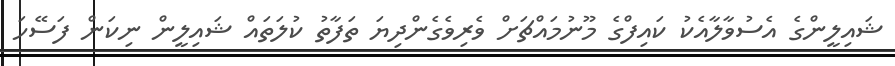
ޝައިލީންގެ އެސުވާލާއެކު ކައިފްގެ މޫނުމައްޗަށް ވެރިވެގެންދިޔަ ތަފާތު ކުލަތައް ޝައިލީން ނިކަން ފަސޭހަ